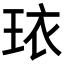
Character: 𬍠